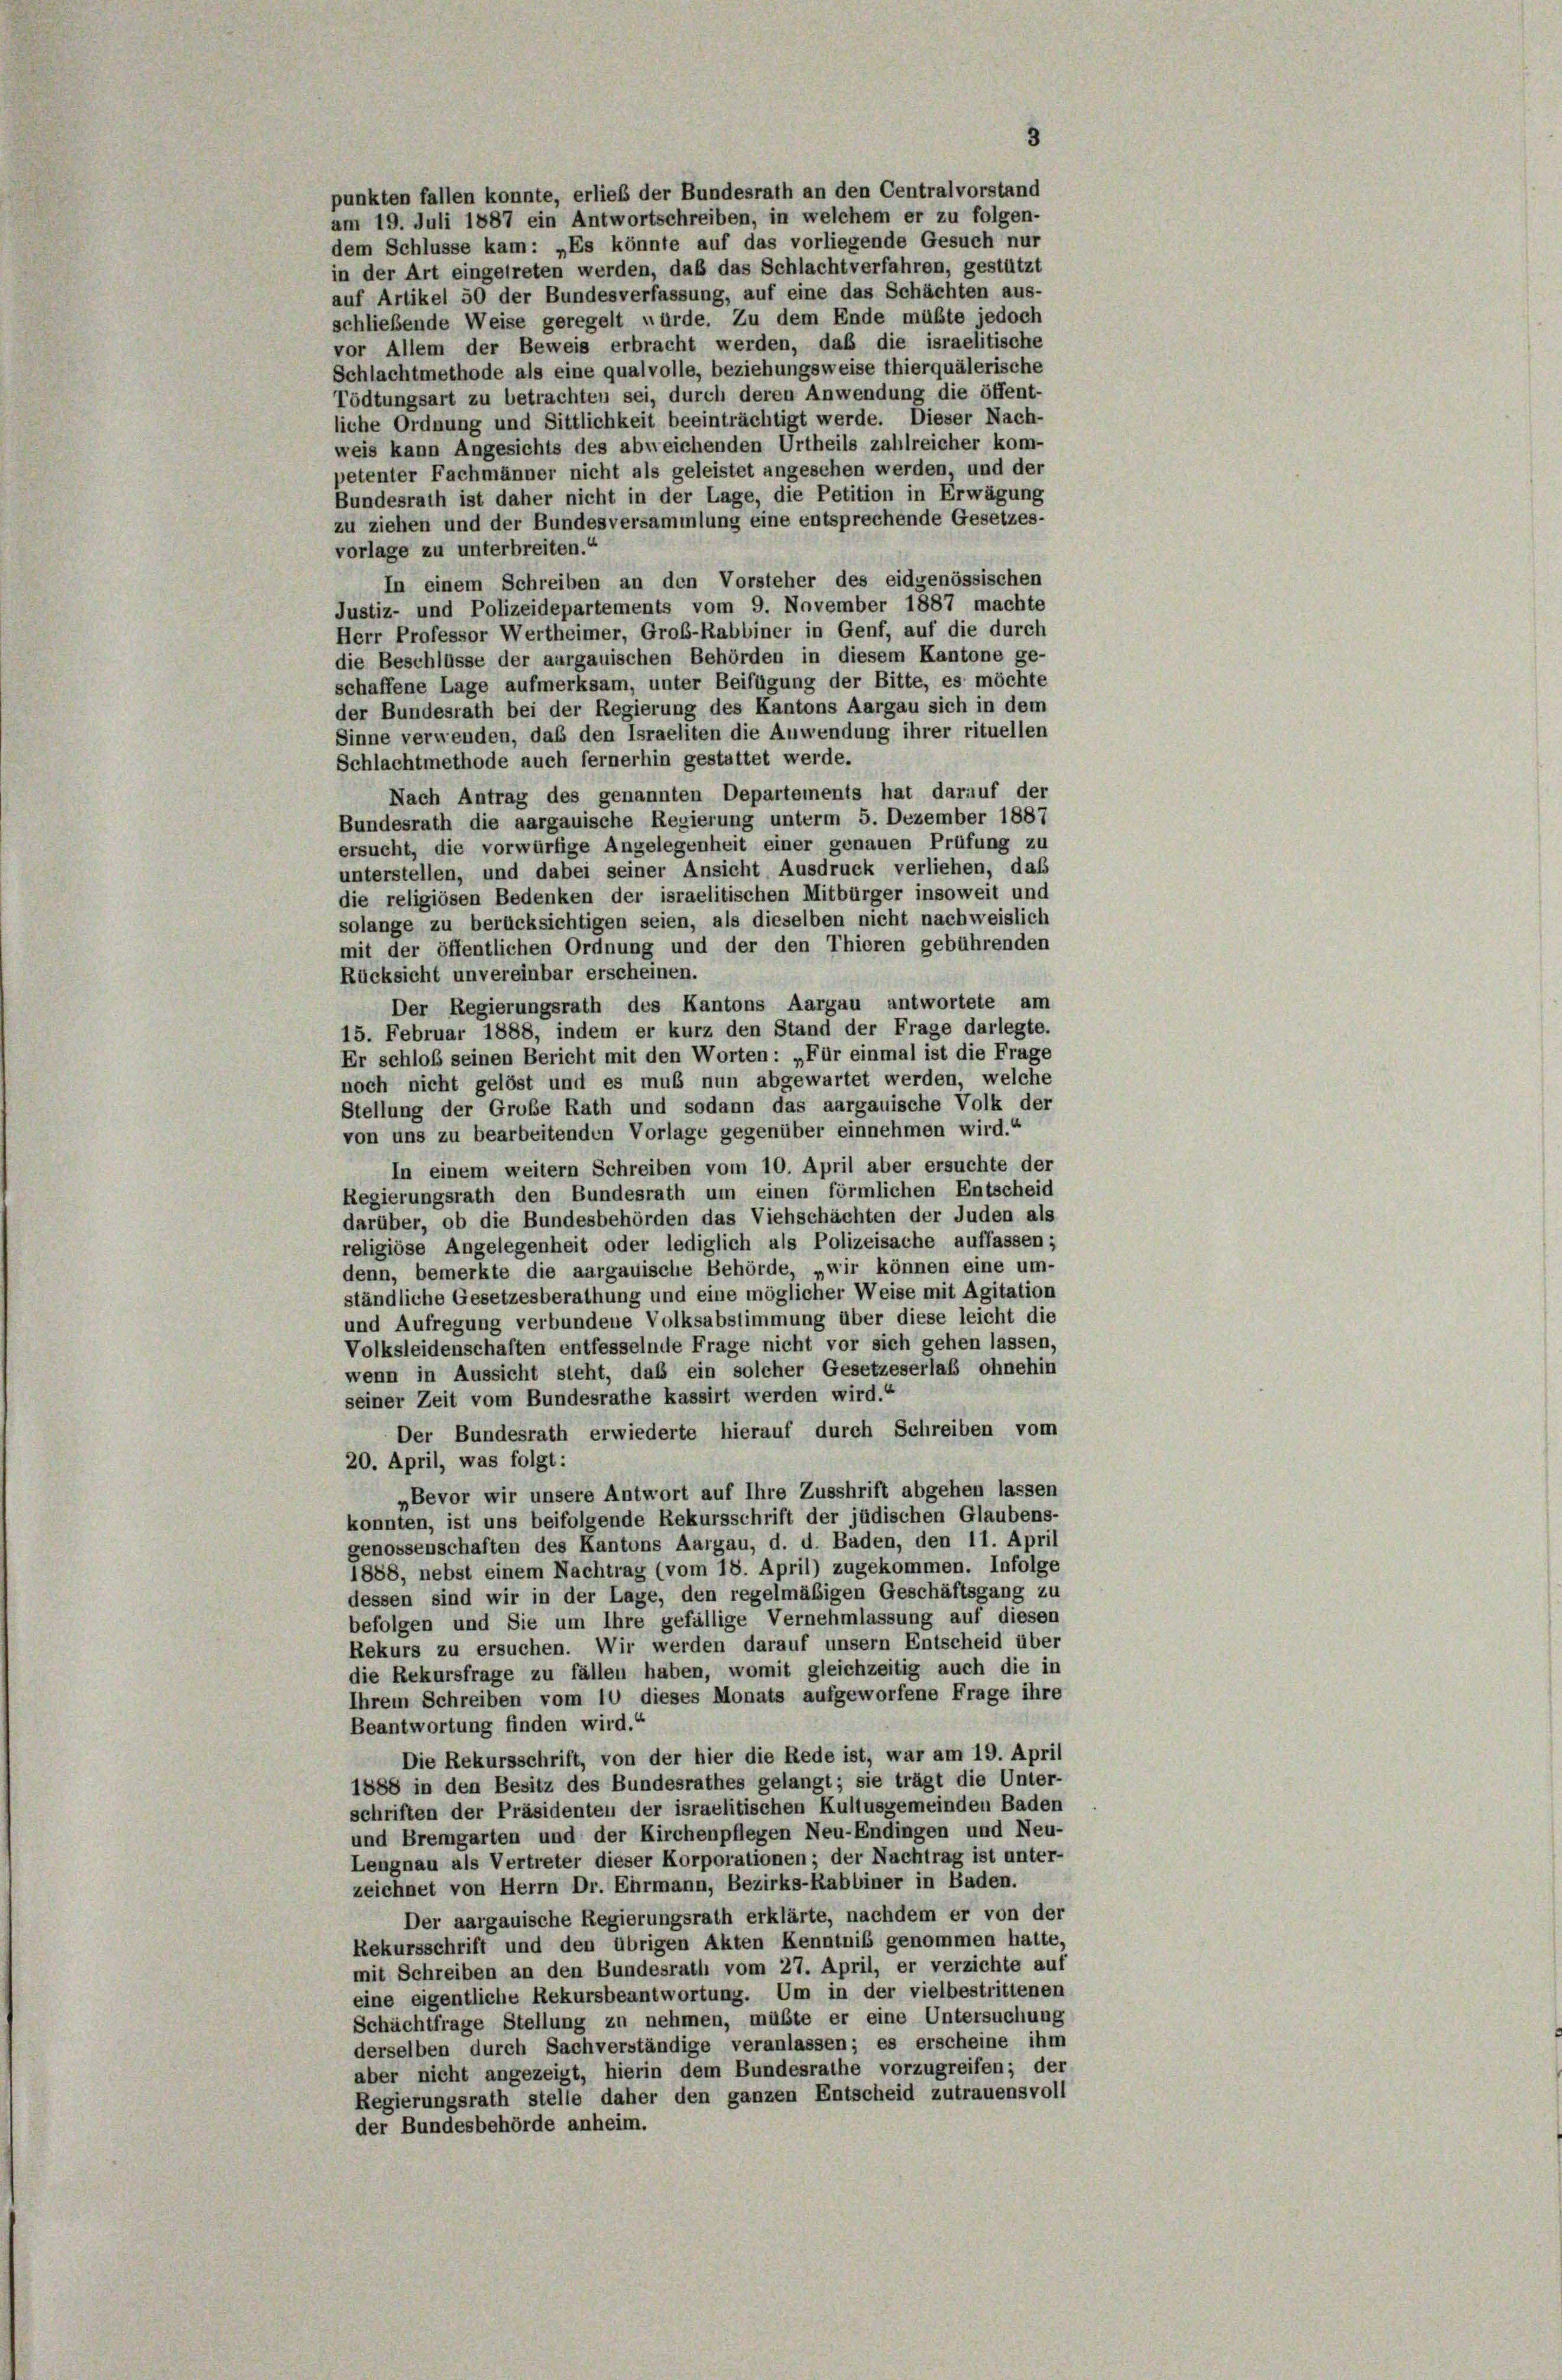
punkten fallen konnte, erlieb der Bundesrath an den Centralvorstand
am 19. Juli 1887 ein Antwortschreiben, in welchem er zu folgen-
dem Schlüsse kam: „Es könnte auf das vorliegende Gesuch nur
in der Art eingetreten werden, daß das Schlacht verfahren, gestützt
auf Artikel 50 der Bundesverfassung, auf eine das Schächten aus-
schließende Weise geregelt würde. Zu dem Ende müßte jedoch
vor Allem der Beweis erbracht werden, daß die israelitische
Schlachtmethode als eine qualvolle, beziehungsweise thierquälerische
Tödtungsart zu betrachten sei, durch deren Anwendung die öffent-
liche Ordnung und Sittlichkeit beeinträchtigt werde. Dieser Nach-
weis kann Angesichts des abweichenden Urtheils zahlreicher kom-
petenter Fachmänner nicht als geleistet angesehen werden, und der
Bundesrath ist daher nicht in der Lage, die Petition in Erwägung
zu ziehen und der Bundesversammlung eine entsprechende Gesetzes-
vorlage zu unterbreiten.“
In einem Schreiben an den Vorsteher des eidgenössischen
Justiz- und Polizeidepartements vom 9. November 1887 machte
Herr Professor Wertheimer, Grob-Rabbiner in Genf, auf die durch
die Beschlüsse der aurgauischen Behörden in diesem Kantone ge-
schaffene Lage aufmerksam, unter Beifügung der Bitte, es möchte
der Bundesrath bei der Regierung des Kantons Aargau sich in dem
Sinne verwenden, daß den Israeliten die Anwendung ihrer rituellen
Schlachtmethode auch fernerhin gestattet werde.
Nach Antrag des genannten Departements hat darauf der
Bundesrath die aargauische Regierung unterm 5. Dezember 1887
ersucht, die vorwürfige Angelegenheit einer genauen Prüfung zu
unterstellen, und dabei seiner Ansicht Ausdruck verliehen, daß
die religiösen Bedenken der israelitischen Mitbürger insoweit und
solange zu berücksichtigen seien, als dieselben nicht nachweislich
mit der öffentlichen Ordnung und der den Thieren gebührenden
Rücksicht unvereinbar erscheinen.
Der Regierungsrath des Kantons Aargau antwortete am
15. Februar 1888, indem er kurz den Stand der Frage darlegte.
Er schloß seinen Bericht mit den Worten: „Für einmal ist die Frage
noch nicht gelöst und es muß nun abgewartet werden, welche
Stellung der Große Rath und sodann das aargauische Volk der
von uns zu bearbeitenden Vorlage gegenüber einnehmen wird.“
In einem weitern Schreiben vom 10. April aber ersuchte der
Regierungsrath den Bundesrath um einen förmlichen Entscheid
darüber, ob die Bundesbehörden das Viehschächten der Juden als
religiöse Angelegenheit oder lediglich als Polizeisache auffassen;
denn, bemerkte die aargauische Behörde, „wir können eine um-
ständliche Gesetzesberathung und eine möglicher Weise mit Agitation
und Aufregung verbundene Volksabstimmung über diese leicht die
Volksleidenschaften entfesselnde Frage nicht vor sich gehen lassen,
wenn in Aussicht steht, daß ein solcher Gesetzeserlaß ohnehin
seiner Zeit vom Bundesrathe kassirt werden wird.“
Der Bundesrath erwiederte hierauf durch Schreiben vom
20. April, was folgt:
Bevor wir unsere Antwort auf Ihre Zusshrift abgehen lassen
konnten, ist uns beifolgende Rekursschrift der jüdischen Glaubens-
genossenschaften des Kantons Aargau, d. d. Baden, den 11. April
1888, nebst einem Nachtrag (vom 18. April) zugekommen. Infolge
dessen sind wir in der Lage, den regelmäßigen Geschäftsgang zu
befolgen und Sie um Ihre gefällige Vernehmlassung auf diesen
Rekurs zu ersuchen. Wir werden darauf unsern Entscheid über
die Rekursfrage zu fällen haben, womit gleichzeitig auch die in
Ihrem Schreiben vom 10 dieses Monats aufgeworfene Frage ihre
Beantwortung finden wird.“
Die Rekursschrift, von der hier die Rede ist, war am 19. April
1888 in den Besitz des Bundesrathes gelangt; sie trägt die Unter-
schriften der Präsidenten der israelitischen Kultusgemeinden Baden
und Bremgarten und der Kirchenpflegen Neu-Endingen und Neu-
Lengnau als Vertreter dieser Korporationen; der Nachtrag ist unter-
zeichnet von Herrn Dr. Ehrmann, Bezirks-Rabbiner in Baden.
Der aargauische Regierungsrath erklärte, nachdem er von der
Rekursschrift und den übrigen Akten Kenntnis genommen hatte,
mit Schreiben an den Bundesrath vom 27. April, er verzichte auf
eine eigentliche Rekursbeantwortung. Um in der vielbestrittenen
Schüchtfrage Stellung zu nehmen, müßte er eine Untersuchung
derselben durch Sachverständige veranlassen; es erscheine ihm
aber nicht angezeigt, hierin dem Bundesrathe vorzugreifen; der
Regierungsrath stelle daher den ganzen Entscheid zutrauensvoll
der Bundesbehörde anheim.